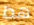
هذا